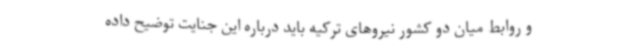
و روابط میان دو کشور نیروهای ترکیه باید درباره این جنایت توضیح داده